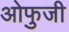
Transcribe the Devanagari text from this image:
ओफुजी